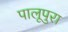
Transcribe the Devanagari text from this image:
पालूपुरा